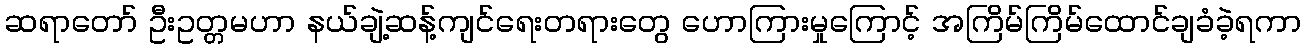
ဆရာတော် ဦးဥတ္တမဟာ နယ်ချဲ့ဆန့်ကျင်ရေးတရားတွေ ဟောကြားမှုကြောင့် အကြိမ်ကြိမ်ထောင်ချခံခဲ့ရကာ